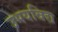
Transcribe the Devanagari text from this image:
उभयविद्य